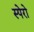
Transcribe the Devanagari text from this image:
स्पेरो